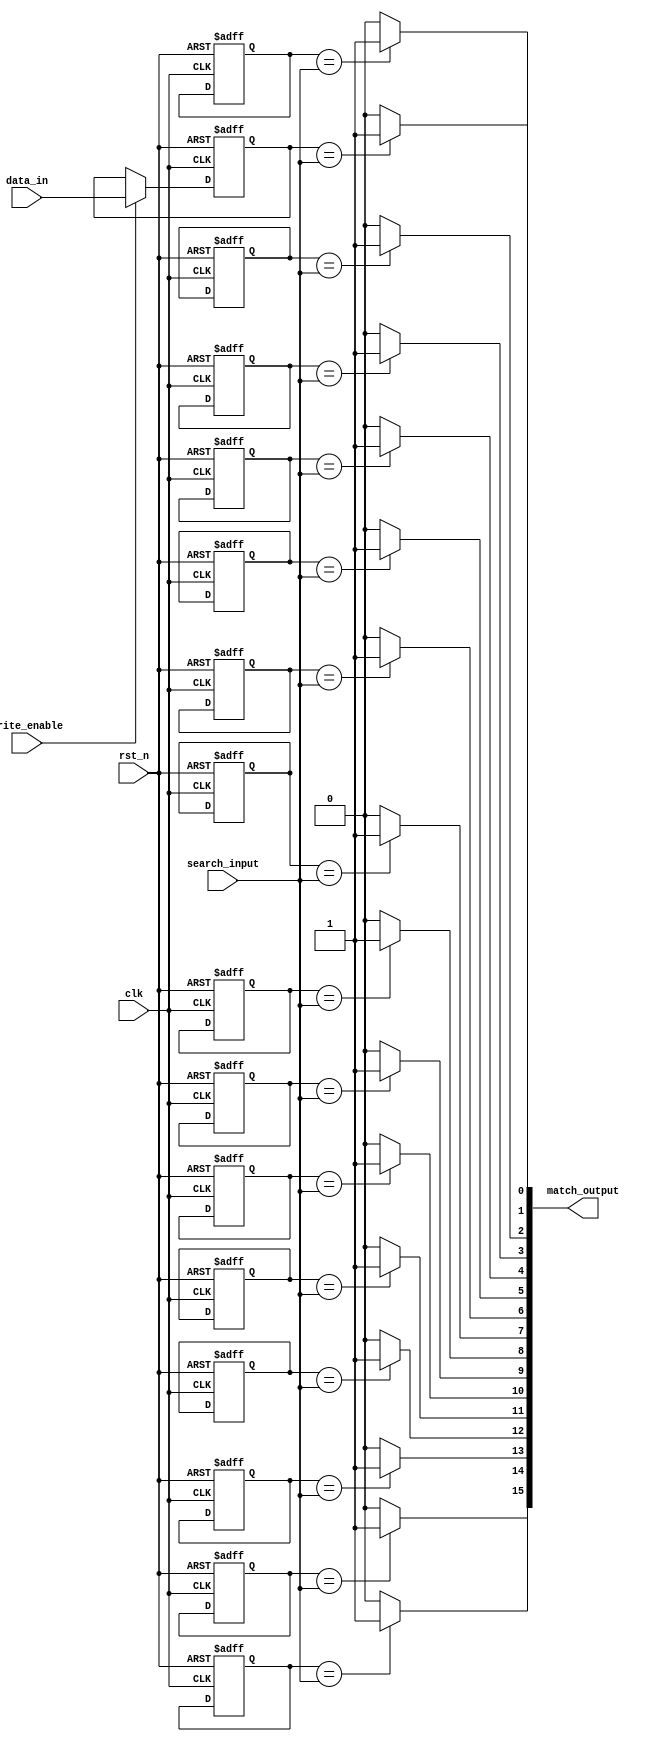
module SRAM_CAM #(
    parameter DATA_WIDTH = 8,         // Width of data stored in each entry
    parameter SRAM_DEPTH = 16          // Number of entries in the SRAM
)(
    input  wire                         clk,               // clock input
    input  wire                         rst_n,             // active low reset
    input  wire                         write_enable,      // control signal to enable writing
    input  wire [DATA_WIDTH-1:0]      data_in,           // data input for writing
    input  wire [DATA_WIDTH-1:0]       search_input,      // data input for searching
    output wire [SRAM_DEPTH-1:0]       match_output       // one-hot output for matching entries
);

    // SRAM Memory Array
    reg [DATA_WIDTH-1:0] sram [0:SRAM_DEPTH-1];

    // Match signals array
    reg [SRAM_DEPTH-1:0] match;

    integer i;

    // SRAM Write Operation
    always @(posedge clk or negedge rst_n) begin
        if (!rst_n) begin
            // Initialize SRAM on reset
            for (i = 0; i < SRAM_DEPTH; i = i + 1) begin
                sram[i] <= {DATA_WIDTH{1'b0}};
            end
        end else if (write_enable) begin
            // Store data into SRAM (for this example, we'll use a fixed address for simplicity)
            sram[0] <= data_in; // Assuming you're writing at address 0
            // Code could be added here for more complex write functionality
        end
    end

    // Match Logic
    always @(*) begin
        match = {SRAM_DEPTH{1'b0}}; // Clear match signals initially
        for (i = 0; i < SRAM_DEPTH; i = i + 1) begin
            // Check for matches
            if (sram[i] == search_input) begin
                match[i] = 1'b1; // Set the match signal for this entry
            end
        end
    end

    // Match Output
    assign match_output = match;

endmodule